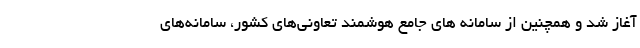
آغاز شد و همچنین از سامانه های جامع هوشمند تعاونی‌های کشور، سامانه‌های